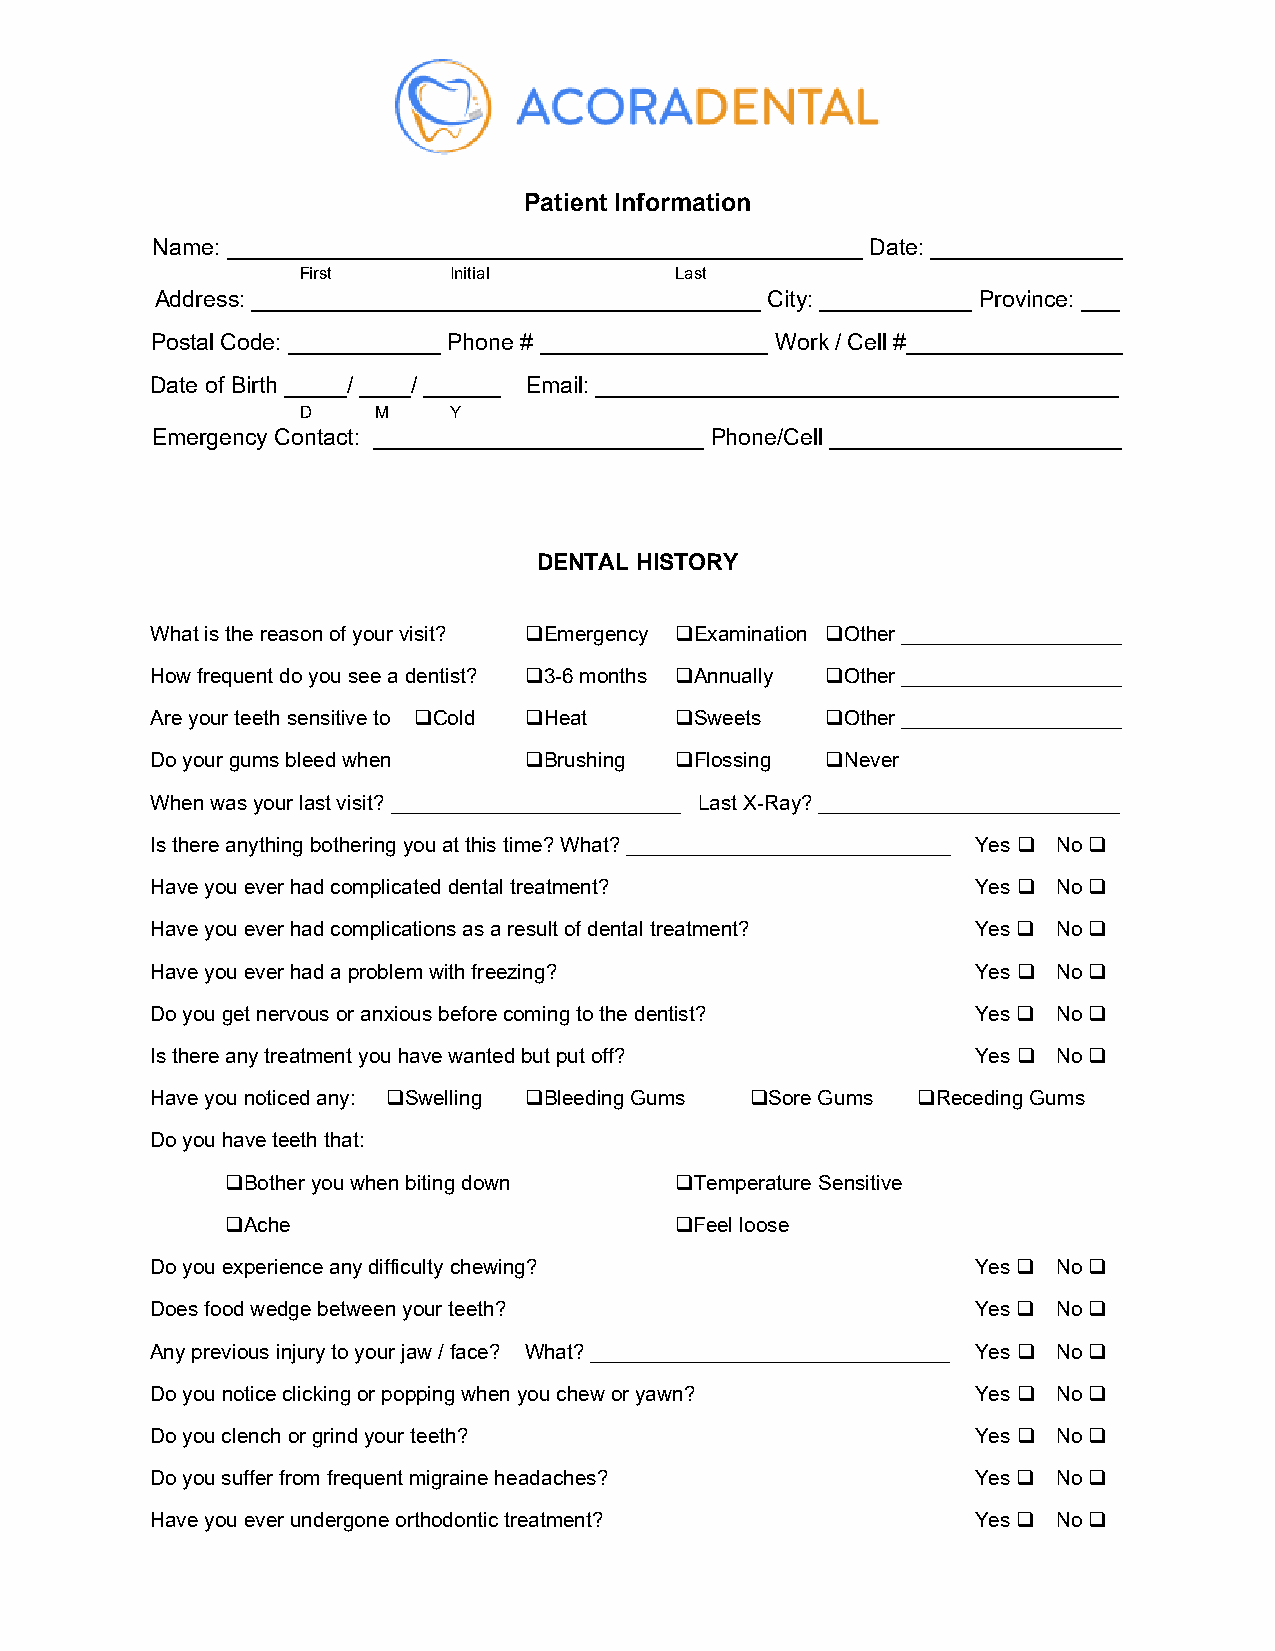
Patient Information
 Name: __________________________________________________ Date: _______________
 First     Initial        Last
 Address: ________________________________________ City: ____________ Province: ___
 Postal Code: ____________ Phone # __________________ Work / Cell #_________________
 Date of Birth _____/ ____/ ______ Email: _________________________________________
 D    M    Y
 Emergency Contact: __________________________ Phone/Cell _______________________
 DENTAL HISTORY
 What is the reason of your visit? Emergency Examination Other ___________________
 How frequent do you see a dentist? 3-6 months Annually Other ___________________
 Are your teeth sensitive to Cold Heat Sweets Other ___________________
 Do your gums bleed when  Brushing Flossing Never
 When was your last visit? _________________________ Last X-Ray? __________________________
 Is there anything bothering you at this time? What? ____________________________ Yes  No 
 Have you ever had complicated dental treatment?        Yes  No 
 Have you ever had complications as a result of dental treatment? Yes  No 
 Have you ever had a problem with freezing?             Yes  No 
 Do you get nervous or anxious before coming to the dentist? Yes  No 
 Is there any treatment you have wanted but put off?    Yes  No 
 Have you noticed any: Swelling Bleeding Gums Sore Gums Receding Gums
 Do you have teeth that:
 Bother you when biting down  Temperature Sensitive
 Ache                         Feel loose
 Do you experience any difficulty chewing?              Yes  No 
 Does food wedge between your teeth?                    Yes  No 
 Any previous injury to your jaw / face? What? _______________________________ Yes  No 
 Do you notice clicking or popping when you chew or yawn? Yes  No 
 Do you clench or grind your teeth?                     Yes  No 
 Do you suffer from frequent migraine headaches?        Yes  No 
 Have you ever undergone orthodontic treatment?         Yes  No 